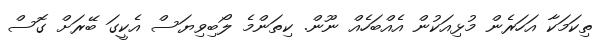
ތިކަމަކާ އަހަރެން މުޅިއަކުން އެއްބަހެއް ނޫން. ކިތަންމެ ލޯބިވިޔަސް އެކީގަ ބޭރަށް ގޮސް